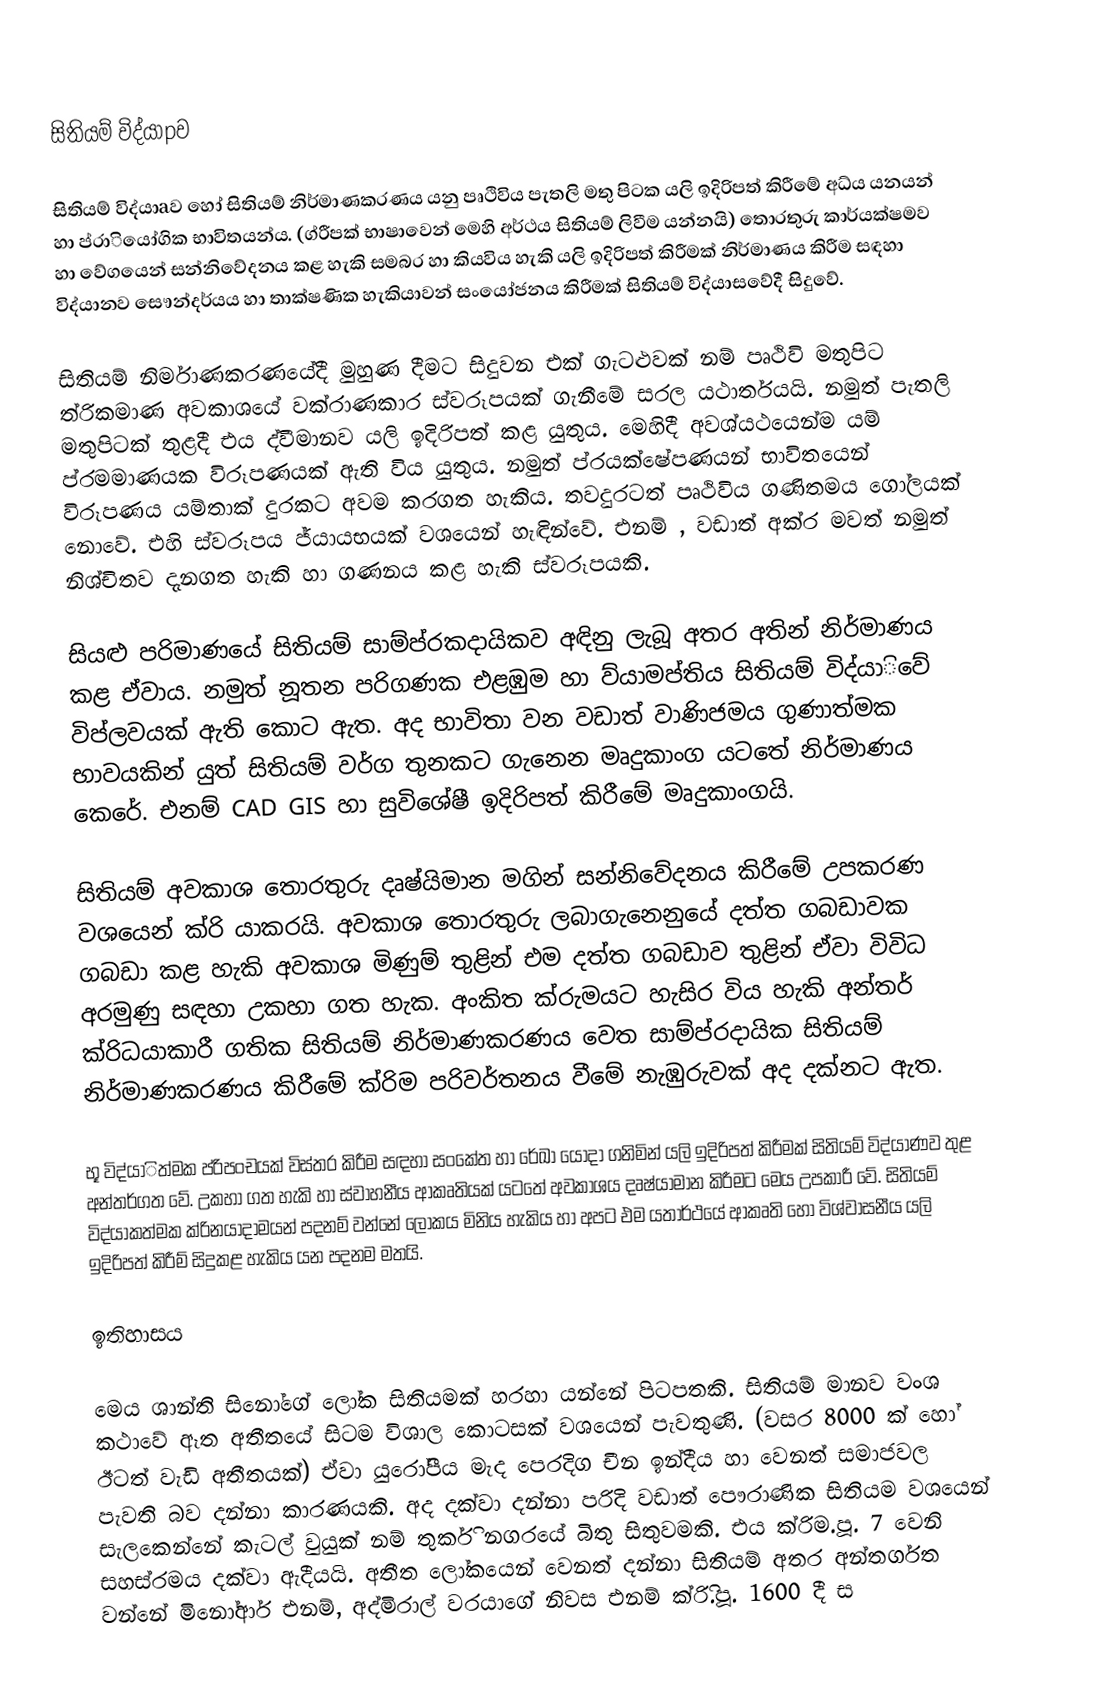
සිතියම් විද්යාpව

සිතියම් විද්යාaව හෝ සිතියම් නිර්මාණකරණය යනු පෘථිවිය පැතලි මතු පිටක යලි ඉදිරිපත් කිරීමේ අධ්ය යනයන් හා ප්රාියෝගික භාවිතයන්ය. (ග්රීපක් භාෂාවෙන් මෙහි අර්ථය සිතියම් ලිවීම යන්නයි) තොරතුරු කාර්යක්ෂමව හා වේගයෙන් සන්නිවේදනය කළ හැකි සමබර හා කියවිය හැකි යලි ඉදිරිපත් කිරීමක් නිර්මාණය කිරීම සඳහා විද්යානව සෞන්දර්යය හා තාක්ෂණික හැකියාවන් සංයෝජනය කිරීමක් සිතියම් විද්යාසවේදී සිදුවේ.

සිතියම් නිර්මාණකරණයේදී මුහුණ දීමට සිදුවන එක් ගැටළුවක් නම් පෘථිවි මතුපිට ත්රිකමාණ අවක‍ාශයේ වක්රාණකාර ස්වරූපයක් ගැනීමේ සරල යථාර්තයයි. නමුත් පැතලි මතුපිටක් තුළදී එය ද්වීමානව යලි ඉදිරිපත් කළ යුතුය. මෙහිදී අවශ්යථයෙන්ම යම් ප්රමමාණයක විරූපණයක් ඇති විය යුතුය. නමුත් ප්රයක්ෂේපණයන් භාවිතයෙන් විරූපණය යම්තාක් දුරකට අවම කරගත හැකිය. තවදුරටත් පෘථිවිය ගණිතමය ගෝලයක් නොවේ. එහි ස්වරූපය ජ්යායභයක් වශයෙන් හැඳින්වේ. එනම් , වඩාත් අක්ර මවත් නමුත් නිශ්චිතව දැනගත හැකි හා ගණනය කළ හැකි ස්වරූපයකි.

සියළු පරිමාණයේ සිතියම් සාම්ප්රකදායිකව අඳිනු ලැබූ අතර අතින් නිර්මාණය කළ ඒවාය. නමුත් නූතන පරිගණක එළඹුම හා ව්යාමප්තිය සිතියම් විද්යාිවේ විප්ලවයක් ඇති කොට ඇත. අද භාවිතා වන වඩාත් වාණිජමය ගුණාත්මක භාවයකින් යුත් සිතියම් වර්ග තුනකට ගැනෙන මෘදුකාංග යටතේ නිර්මාණය කෙරේ. එනම් CAD GIS හා සුවිශේෂී ඉදිරිපත් කිරීමේ මෘදුකාංගයි.

සිතියම් අවකාශ තොරතුරු දෘෂ්යිමාන මගින් සන්නිවේදනය කිරීමේ උපකරණ වශයෙන් ක්රි යාකරයි. අවකාශ තොරතුරු ලබාගැනෙනුයේ දත්ත ගබඩාවක ගබඩා කළ හැකි අවකාශ මිණුම් තුළින් එම දත්ත ගබඩාව තුළින් ඒවා විවිධ අරමුණු සඳහා උකහා ගත හැක. අංකිත ක්රුමයට හැසිර විය හැකි අන්තර් ක්රිධයාකාරී ගතික සිතියම් නිර්මාණකරණය වෙත සාම්ප්ර‍දායික සිතියම් නිර්මාණකරණය කිරීමේ ක්රිම පරිවර්තනය වීමේ නැඹුරුවක් අද දක්නට ඇත.

භූ විද්යාිත්මක ප්රිපංචයක් විස්තර කිරීම සඳහා සංකේත හා රේඛා යොදා ගනිමින් යලි ඉදිරිපත් කිරීමක් සිතියම් විද්යාණව තුළ අන්තර්ගත වේ. උකහා ගත හැකි හා ස්වාහනීය ආකෘතියක් යටතේ අවකාශය දෘෂ්යාමාන කිරීමට මෙය උපකාරී වේ. සිතියම් විද්යාකත්මක ක්රිනයාදාමයන් පදනම් වන්නේ ලෝකය මිනිය හැකිය හා අපට එම යතාර්ථයේ ආකෘති හෝ  විශ්වාසනීය යලි  ඉදිරිපත් කිරීම් සිදුකළ හැකිය යන පදනම මතයි.

ඉතිහාසය

මෙය ශාන්ති සිනෝගේ ලෝක සිතියමක් හරහා යන්නේ පිටපතකි. සිතියම් මානව වංශ කථාවේ ඈත අතීතයේ සිටම විශාල කොටසක් වශයෙන් පැවතුණි. (වසර 8000 ක් හෝ ඊටත් වැඩි අතීතයක්) ඒවා යුරෝපීය මැද පෙරදිග චීන ඉන්දීය හා වෙනත් සමාජවල පැවති බව දන්නා කාරණයකි. අද දක්වා දන්නා පරිදි වඩාත් පෞරාණික සිතියම වශයෙන් සැලකෙන්නේ කැටල් වුයුක් නම් තුර්කි නගරයේ බිතු සිතුවමකි. එය ක්රිම.පූ. 7 වෙනි සහස්රමය දක්වා ඇදීයයි. අතීත ලෝකයෙන් වෙනත් දන්නා සිතියම් අතර අන්තර්ගත වන්නේ මිනෝආර් එනම්, අද්මිරාල් වරයාගේ නිවස එනම් ක්රිි.පූ. 1600 දී ස